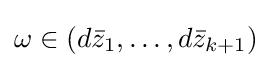
\omega \in (d{\bar {z}}_{1},\dots ,d{\bar {z}}_{k+1})